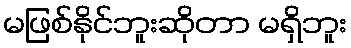
မဖြစ်နိုင်ဘူးဆိုတာ မရှိဘူး